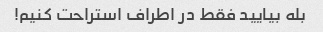
بله بیایید فقط در اطراف استراحت کنیم!